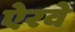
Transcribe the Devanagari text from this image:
ऐरवे